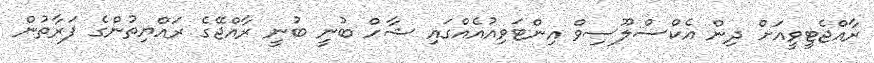
ރާއްޖެޓީވީއަށް ދިން އެކްސްލޫސިވް އިންޓަވިއުއެއްގައި ޝާހް ބުނީ ބުނީ ރާއްޖޭގެ ރައްޔިތުންގެ ފަރާތުން